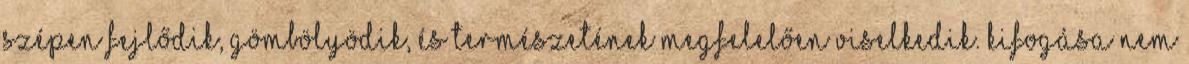
szépen fejlődik, gömbölyödik, és természetének megfelelően viselkedik. Kifogása nem